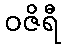
ဝဇိရီ